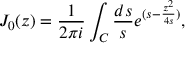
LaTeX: J _ { 0 } ( z ) = \frac { 1 } { 2 \pi i } \int _ { C } { \frac { d s } { s } } e ^ { ( s - { \frac { z ^ { 2 } } { 4 s } } ) } ,